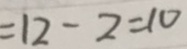
= 1 2 - 2 = 1 0